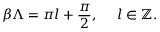
\beta \Lambda = \pi l + \frac { \pi } { 2 } , \ \ \ \ l \in \mathbb { Z } .